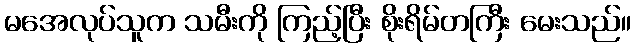
မအေလုပ်သူက သမီးကို ကြည့်ပြီး စိုးရိမ်တကြီး မေးသည်။